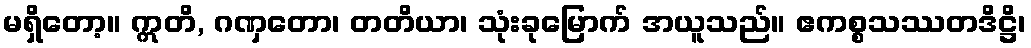
မရှိတော့။ ဣတိ, ဂဏှတော၊ တတိယာ၊ သုံးခုမြောက် အယူသည်။ ဧကစ္စသဿတဒိဋ္ဌိ၊